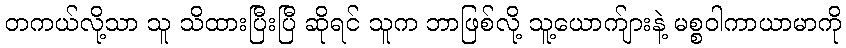
တကယ်လို့သာ သူ သိထားပြီးပြီ ဆိုရင် သူက ဘာဖြစ်လို့ သူ့ယောက်ျားနဲ့ မစ္စဝါကာယာမာကို